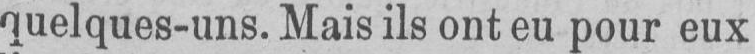
quelques-uns. Mais ils ont eu pour eux